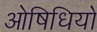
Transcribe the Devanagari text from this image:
ओषिधियों